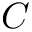
C